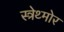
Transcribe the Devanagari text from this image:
स्त्रेथ्मोर